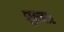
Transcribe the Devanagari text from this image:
शुक्रबार